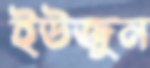
ইউজুন